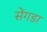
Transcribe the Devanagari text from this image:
सेंगडा